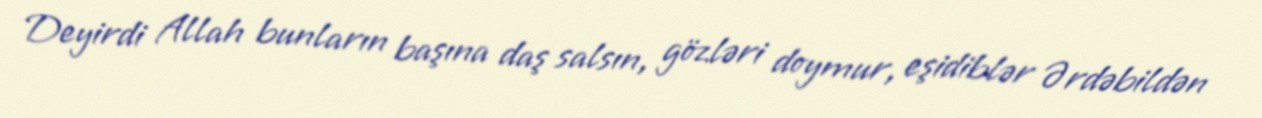
Deyirdi Allah bunların başına daş salsın, gözləri doymur, eşidiblər Ərdəbildən